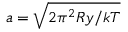
a = \sqrt { 2 \pi ^ { 2 } R y / k T }